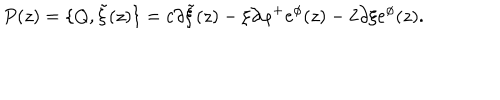
LaTeX: P ( z ) = \{ Q , { \tilde { \xi } } ( z ) \} = c \partial { \tilde { \xi } } ( z ) - \xi \partial \varphi ^ { + } e ^ { \phi } ( z ) - 2 \partial \xi e ^ { \phi } ( z ) .